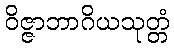
ဝိဇ္ဇာဘာဂိယသုတ္တံ